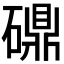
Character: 𬒤